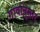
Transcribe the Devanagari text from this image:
गावानुसार